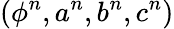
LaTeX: (\phi^{n},a^{n},b^{n},c^{n})